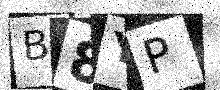
Text: B8YP